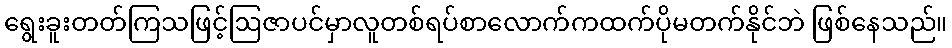
ရွေးခူးတတ်ကြသဖြင့်ဩဇာပင်မှာလူတစ်ရပ်စာလောက်ကထက်ပိုမတက်နိုင်ဘဲ ဖြစ်နေသည်။